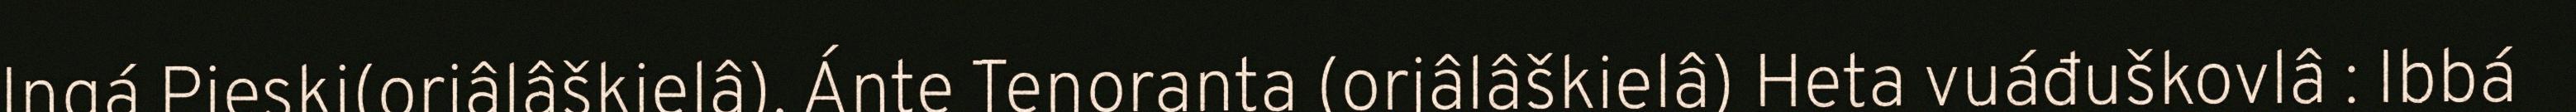
Iŋgá Pieski(orjâlâškielâ), Ánte Tenoranta (orjâlâškielâ) Heta vuáđuškovlâ : Ibbá